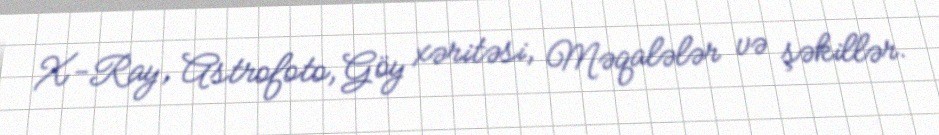
X-Ray, Astrofoto, Göy xəritəsi, Məqalələr və şəkillər.